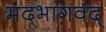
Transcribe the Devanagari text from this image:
मद्‌भागवद्‌